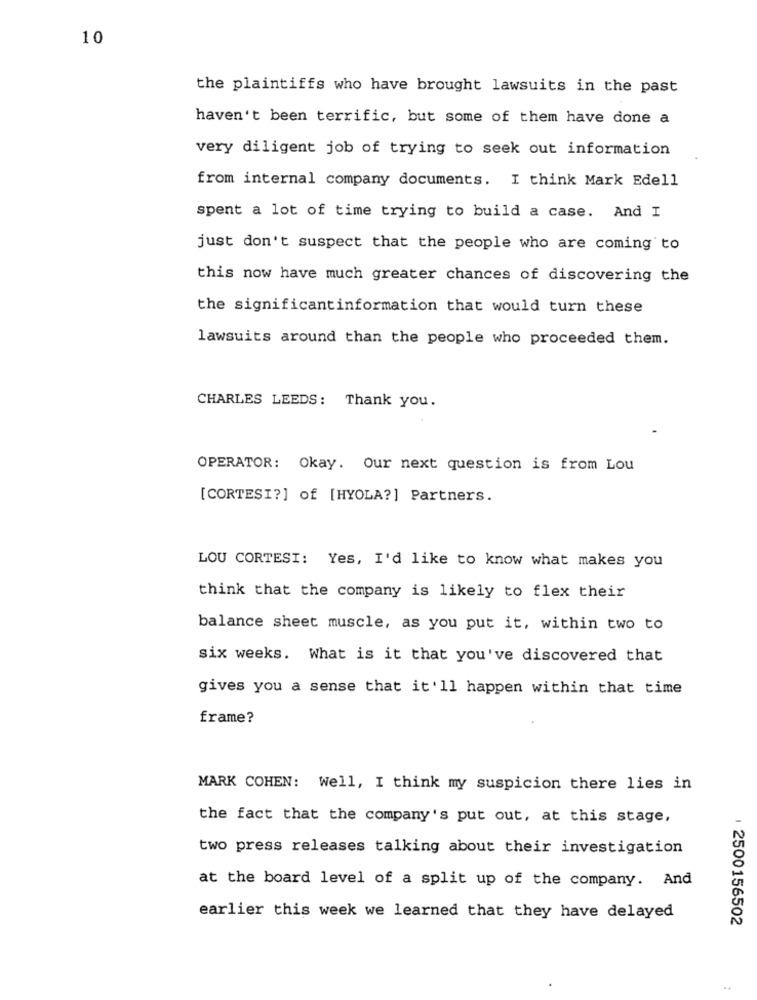
10
the plaintiffs who have brought lawsuits in the past
haven't been terrific, but some of them have done a
very diligent job of trying to seek out information
from internal company documents. I think Mark Edell
spent a lot of time trying to build a case. And I
just don't suspect that the people who are coming to
this now have much greater chances of discovering the
the significantinformation that would turn these
lawsuits around than the people who proceeded them.
CHARLES LEEDS: Thank you.
OPERATOR: Okay. Our next question is from Lou
[CORTESI?] of [HYOLA?] Partners.
LOU CORTESI: Yes, I'd like to know what makes you
think that the company is likely to flex their
balance sheet muscle, as you put it, within two to
six weeks. What is it that you've discovered that
gives you a sense that it'll happen within that time
frame?
MARK COHEN: Well, I think my suspicion there lies in
the fact that the company's put out, at this stage,
two press releases talking about their investigation
at the board level of a split up of the company. And
earlier this week we learned that they have delayed
2500156502